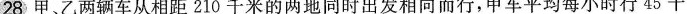
28 甲、乙两辆车从相距210千米的两地同时出发相向而行，甲车平均每小时行45千